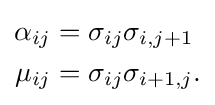
{\begin{aligned}\alpha _{ij}&=\sigma _{ij}\sigma _{i,j+1}\\\mu _{ij}&=\sigma _{ij}\sigma _{i+1,j}.\end{aligned}}